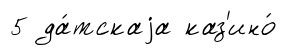
5 да́тскаjа каз'ино́